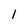
Character: l